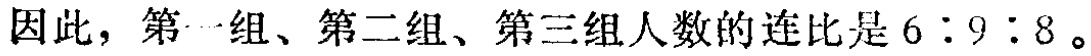
因此，第一组、第二组、第三组人数的连比是\(6:9:8\)。